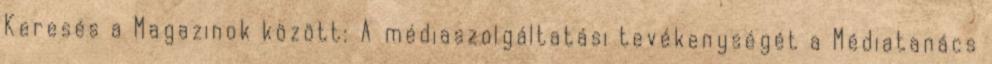
Keresés a Magazinok között: A médiaszolgáltatási tevékenységét a Médiatanács